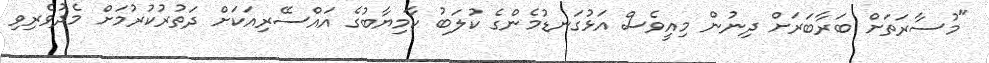
"މުސާރަތަށް ބަރާބަރަށް ދިނުން މިއީވެސް އަޅުގަނޑުމެންގެ ކުލަބު ކާމިޔާބުގެ އައްސޭރިއަކަށް ދަތުރުކުރުމަށް މެދުވެރިވި